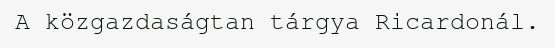
A közgazdaságtan tárgya Ricardonál.